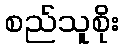
စည်သူစိုး